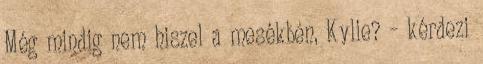
Még mindig nem hiszel a mesékben, Kylie? – kérdezi